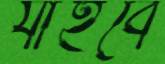
যাইবে